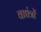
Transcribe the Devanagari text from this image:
वाद्यंत्रों